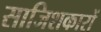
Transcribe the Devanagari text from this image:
साजिशकारों